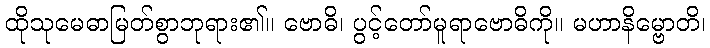
ထိုသုမေဓာမြတ်စွာဘုရား၏။ ဗောဓိ၊ ပွင့်တော်မူရာဗောဓိကို။ မဟာနိမ္ဗောတိ၊